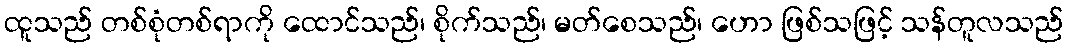
ထူသည် တစ်စုံတစ်ရာကို ထောင်သည်၊ စိုက်သည်၊ မတ်စေသည်၊ ဟော ဖြစ်သဖြင့် သန်တူလသည်